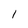
Character: l